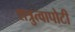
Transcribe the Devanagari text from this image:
शत्रुत्वापोटी